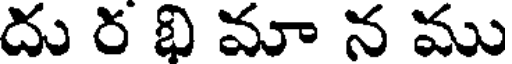
దు ర భి మా న ము